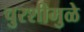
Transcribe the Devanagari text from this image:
चुरशीमुळे